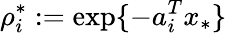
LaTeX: \rho_{i}^{*}:=\exp\{ -a_{i}^{T}x_{*}\}